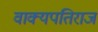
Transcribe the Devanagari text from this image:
वाक्यपतिराज